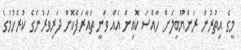
މީގެ އިތުރުން ރަންޔޫބިލަށް ހާއްސަ ކޮއިން އެއް ވަނީ ތައާރަފްކޮށް ދަރިވަރުންގެ ކުރެހުމުގެ